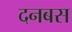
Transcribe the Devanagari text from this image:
दनबस